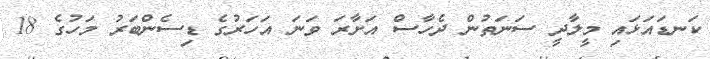
ކަނޑައަޅައި މީލާދީ ސަނަތުން ދެހާސް އަށާރަ ވަނަ އަހަރުގެ ޑިސެންބަރު މަހުގެ 18